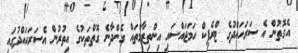
އެގޮތުން އެ ސަރަހައްދުގެ ޓްރެފިކް ހަމަޖައްސައި އިންތިޒާމްތައް ގެންދާނެ ގޮތްތަކުގެ އިތުރުން އެސަރަހައްދުގައި